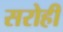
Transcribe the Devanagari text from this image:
सरोही